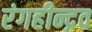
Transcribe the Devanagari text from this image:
रंगहीन्द्रव